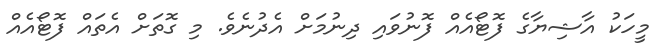
މީހަކު އާޝިޔާގެ ފޮޓޯއެއް ފޮނުވައި ދިނުމަށް އެދުނެވެ. މި ގޮތަށް އެތައް ފޮޓޯއެއް